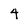
Character: 4